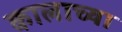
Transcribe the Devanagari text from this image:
कालाच्या